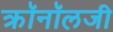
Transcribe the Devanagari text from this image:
क्रॉनॉलजी